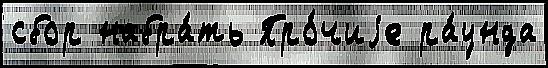
сбор набра́ть Про́чиjе ра́унда